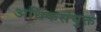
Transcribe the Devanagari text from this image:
अधिकसंयुक्त